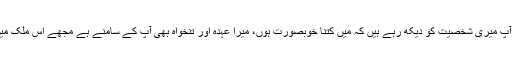
وہ کہنے لگا نہیں، میں آپ کو یہ کہنا چاہتا ہوں کہ آپ میری شخصیت کو دیکھ رہے ہیں کہ میں کتنا خوبصورت ہوں، میرا عہدہ اور تنخواہ بھی آپ کے سامنے ہے مجھے اس ملک میں ہر دن کہیں نہ کہیں سےگناہ کی دعوت ملتی ہے۔